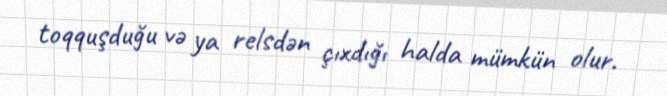
toqquşduğu və ya relsdən çıxdığı halda mümkün olur.